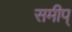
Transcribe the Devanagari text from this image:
समीप्